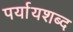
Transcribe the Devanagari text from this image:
पर्यायशब्द